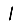
Digit: 1